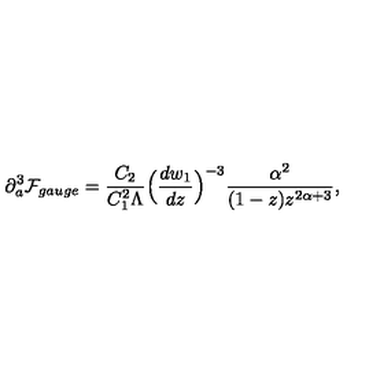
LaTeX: \partial _ { a } ^ { 3 } { \cal F } _ { g a u g e } = \frac { C _ { 2 } } { C _ { 1 } ^ { 2 } \Lambda } \Big ( \frac { d w _ { 1 } } { d z } \Big ) ^ { - 3 } \frac { \alpha ^ { 2 } } { ( 1 - z ) z ^ { 2 \alpha + 3 } } ,